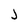
Character: j